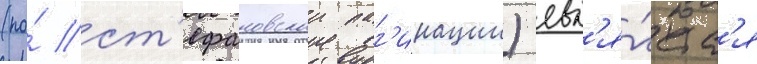
(по́ ст'ефановскои паг'инации) явл'я́етс'я